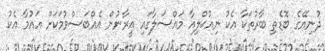
ދުނިޔޭގެ ބޮޑެތި ބާރުތަކާ އެކު ނިއުކްލިއާ މައްސަލާގައި އީރާނުން އެއްބަސްވުމަކަށް އައުމާ އެކު